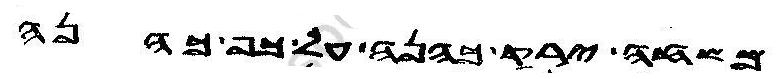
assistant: משחה ירק כהנה על כף כהנה